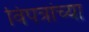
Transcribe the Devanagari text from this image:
विपत्रांच्या